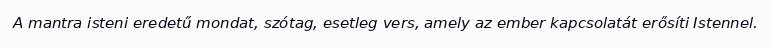
A mantra isteni eredetű mondat, szótag, esetleg vers, amely az ember kapcsolatát erősíti Istennel.